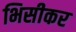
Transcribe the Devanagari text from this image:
भिसीकर